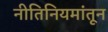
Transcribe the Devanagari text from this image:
नीतिनियमांतून